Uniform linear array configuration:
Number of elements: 24
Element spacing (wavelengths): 0.5
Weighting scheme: uniform
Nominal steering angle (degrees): -60
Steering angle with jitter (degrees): -61.219
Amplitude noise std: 0.05
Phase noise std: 0.05

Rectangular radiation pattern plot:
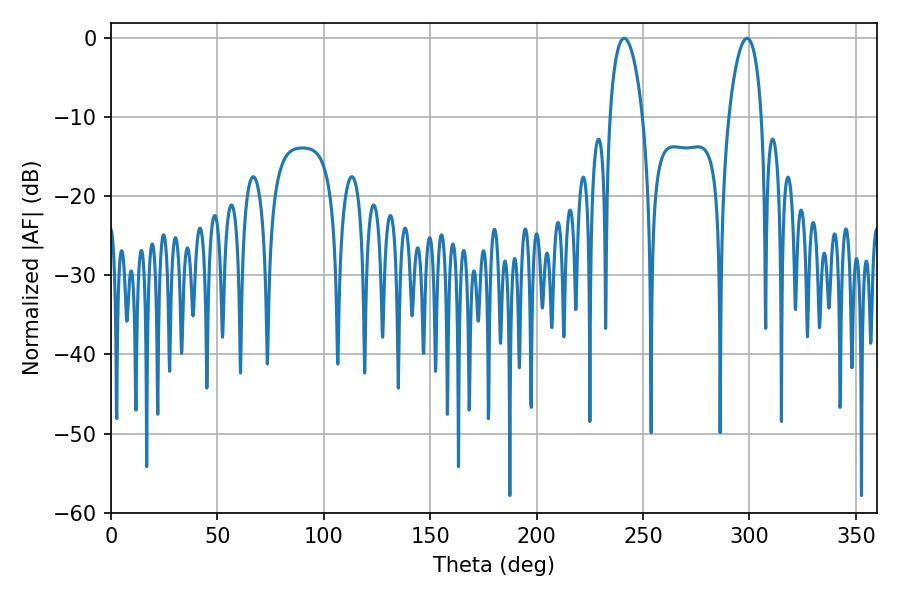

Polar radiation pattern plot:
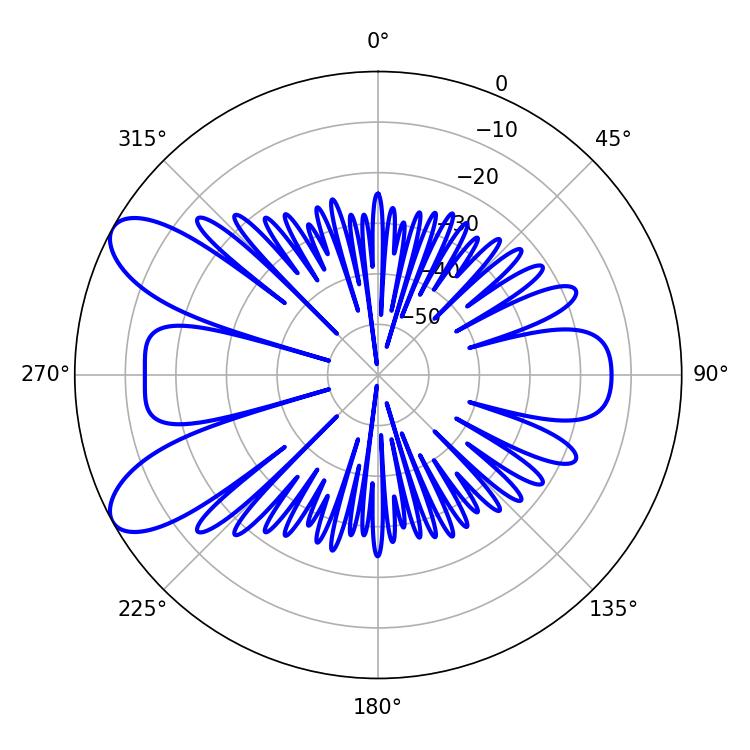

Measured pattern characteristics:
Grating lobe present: FALSE
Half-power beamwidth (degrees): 8.82
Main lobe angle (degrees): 241.2